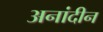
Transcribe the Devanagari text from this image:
अनांदीन